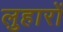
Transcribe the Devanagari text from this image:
लुहारों